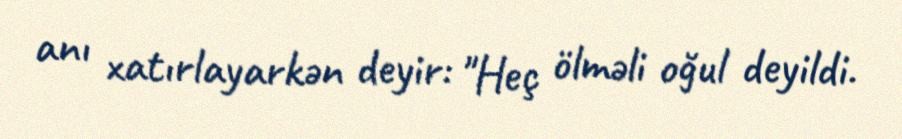
anı xatırlayarkən deyir: "Heç ölməli oğul deyildi.